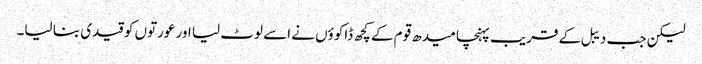
لیکن جب دیبل کے قریب پہنچا میدھ قوم کے کچھ ڈاکوؤں نے اسے لوٹ لیا اور عورتوں کو قیدی بنا لیا۔